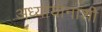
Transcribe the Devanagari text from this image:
अध्यायानाशी